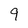
Character: 9